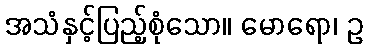
အသံနှင့်ပြည့်စုံသော။ မောရော၊ ဥ